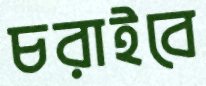
চরাইবে